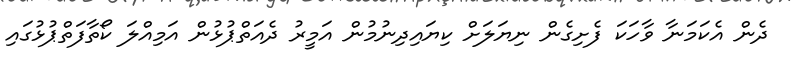
ދެން އެކަމަނާ ވާހަކަ ފެށިގެން ނިޔަލަށް ކިޔައިދިނުމުން އަމީރު ދެއަތްޕުޅުން އަމިއްލަ ކޯތާފަތްޕުޅުގައި